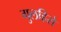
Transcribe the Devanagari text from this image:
गुलहिरो